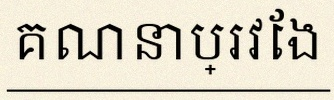
គណនាប្រវែង